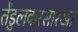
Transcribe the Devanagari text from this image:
तेंडुलकरसारखा